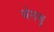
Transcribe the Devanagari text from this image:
नंगबु